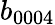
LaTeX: b_{0004}